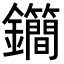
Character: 𨰝